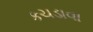
કચડાવા